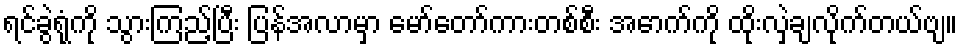
ရင်ခွဲရုံကို သွားကြည့်ပြီး ပြန်အလာမှာ မော်တော်ကားတစ်စီး အောက်ကို ထိုးလှဲချလိုက်တယ်ဗျ။